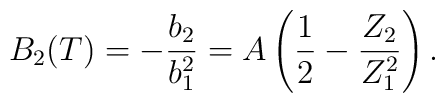
B_2(T) = -\frac{b_2}{b_1^2}= A\left(\frac{1}{2}-\frac{Z_2}{Z_1^2}\right).